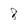
Character: 8